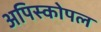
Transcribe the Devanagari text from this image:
अपिस्कोपल